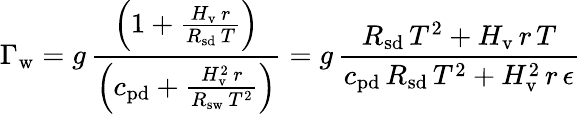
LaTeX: \Gamma_{\mathrm{w}}=g\, {\frac{\left(1+{\frac{H_{\mathrm{v}}\, r}{R_{\mathrm{sd}}\, T}}\right)}{\left(c_{\mathrm{pd}}+{\frac{H_{\mathrm{v}}^{2}\, r}{R_{\mathrm{sw}}\, T^{2}}}\right)}}=g\, {\frac{R_{\mathrm{sd}}\, T^{2}+H_{\mathrm{v}}\, r\, T}{c_{\mathrm{pd}}\, R_{\mathrm{sd}}\, T^{2}+H_{\mathrm{v}}^{2}\, r\, \epsilon}}